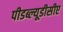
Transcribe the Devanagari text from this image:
पीडब्ल्यूडीसीए